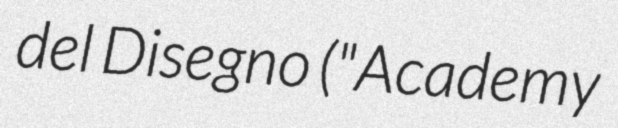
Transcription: del Disegno ("Academy